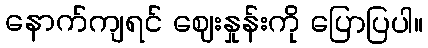
နောက်ကျရင် ဈေးနှုန်းကို ပြောပြပါ။